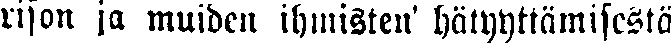
rison ja muiden ihmisten' hätyyttämisestä